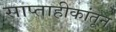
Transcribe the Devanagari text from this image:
साप्ताहीकांतून